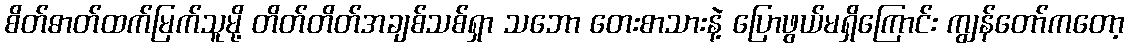
စိတ်ဓာတ်ထက်မြက်သူမို့ တိတ်တိတ်အချစ်သစ်ရှာ သဘော တေးစာသားနဲ့ ပြောဖွယ်မရှိကြောင်း ကျွန်တော်ကတော့